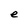
Character: e